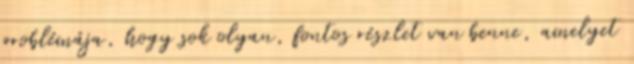
problémája, hogy sok olyan, fontos részlet van benne, amelyet